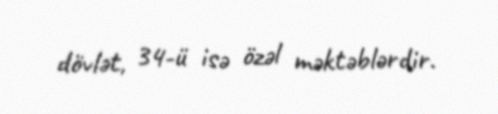
dövlət, 34-ü isə özəl məktəblərdir.